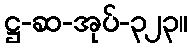
ဋ္ဌ-ဆ-အုပ်-၃၂၃။